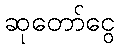
ဆုတော်ငွေ